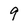
Character: 9